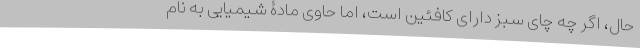
حال، اگر چه چای سبز دارای کافئین است، اما حاوی مادۀ شیمیایی به نام